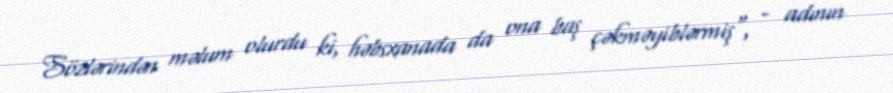
Sözlərindən məlum olurdu ki, həbsxanada da ona baş çəkməyiblərmiş", - adının